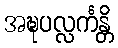
အဍ္ဎပလ္လင်္ကန္တိ